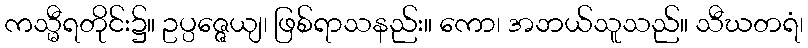
ကသ္မီရတိုင်း၌။ ဥပ္ပဇ္ဇေယျ၊ ဖြစ်ရာသနည်း။ ကော၊ အဘယ်သူသည်။ သီဃတရံ၊